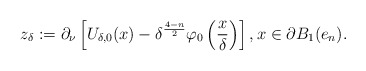
\begin{align*}z_\delta:= \partial_\nu \left[ U_{\delta,0}(x)-\delta^{\frac{4-n}{2}} \varphi_0\left(\frac{x}{\delta}\right) \right],x\in \partial B_1(e_n).\end{align*}